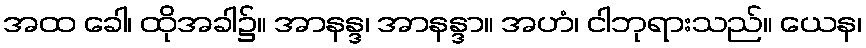
အထ ခေါ၊ ထိုအခါ၌။ အာနန္ဒ၊ အာနန္ဒာ။ အဟံ၊ ငါဘုရားသည်။ ယေန၊